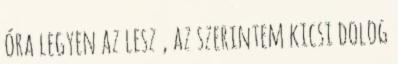
óra legyen az lesz , az szerintem kicsi dolog